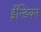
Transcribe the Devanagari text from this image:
ईन्डियन